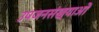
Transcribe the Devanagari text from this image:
उपजनसंख्याओं